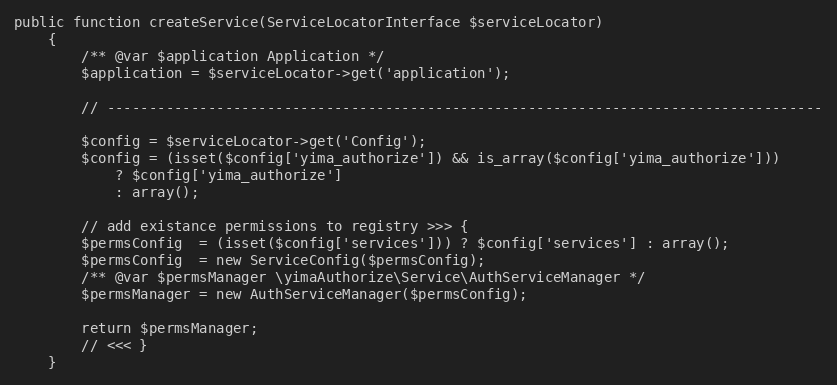
Language: PHP
public function createService(ServiceLocatorInterface $serviceLocator)
    {
        /** @var $application Application */
        $application = $serviceLocator->get('application');

        // -------------------------------------------------------------------------------------

        $config = $serviceLocator->get('Config');
        $config = (isset($config['yima_authorize']) && is_array($config['yima_authorize']))
            ? $config['yima_authorize']
            : array();

        // add existance permissions to registry >>> {
        $permsConfig  = (isset($config['services'])) ? $config['services'] : array();
        $permsConfig  = new ServiceConfig($permsConfig);
        /** @var $permsManager \yimaAuthorize\Service\AuthServiceManager */
        $permsManager = new AuthServiceManager($permsConfig);

        return $permsManager;
        // <<< }
    }